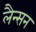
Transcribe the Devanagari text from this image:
लैन्सन